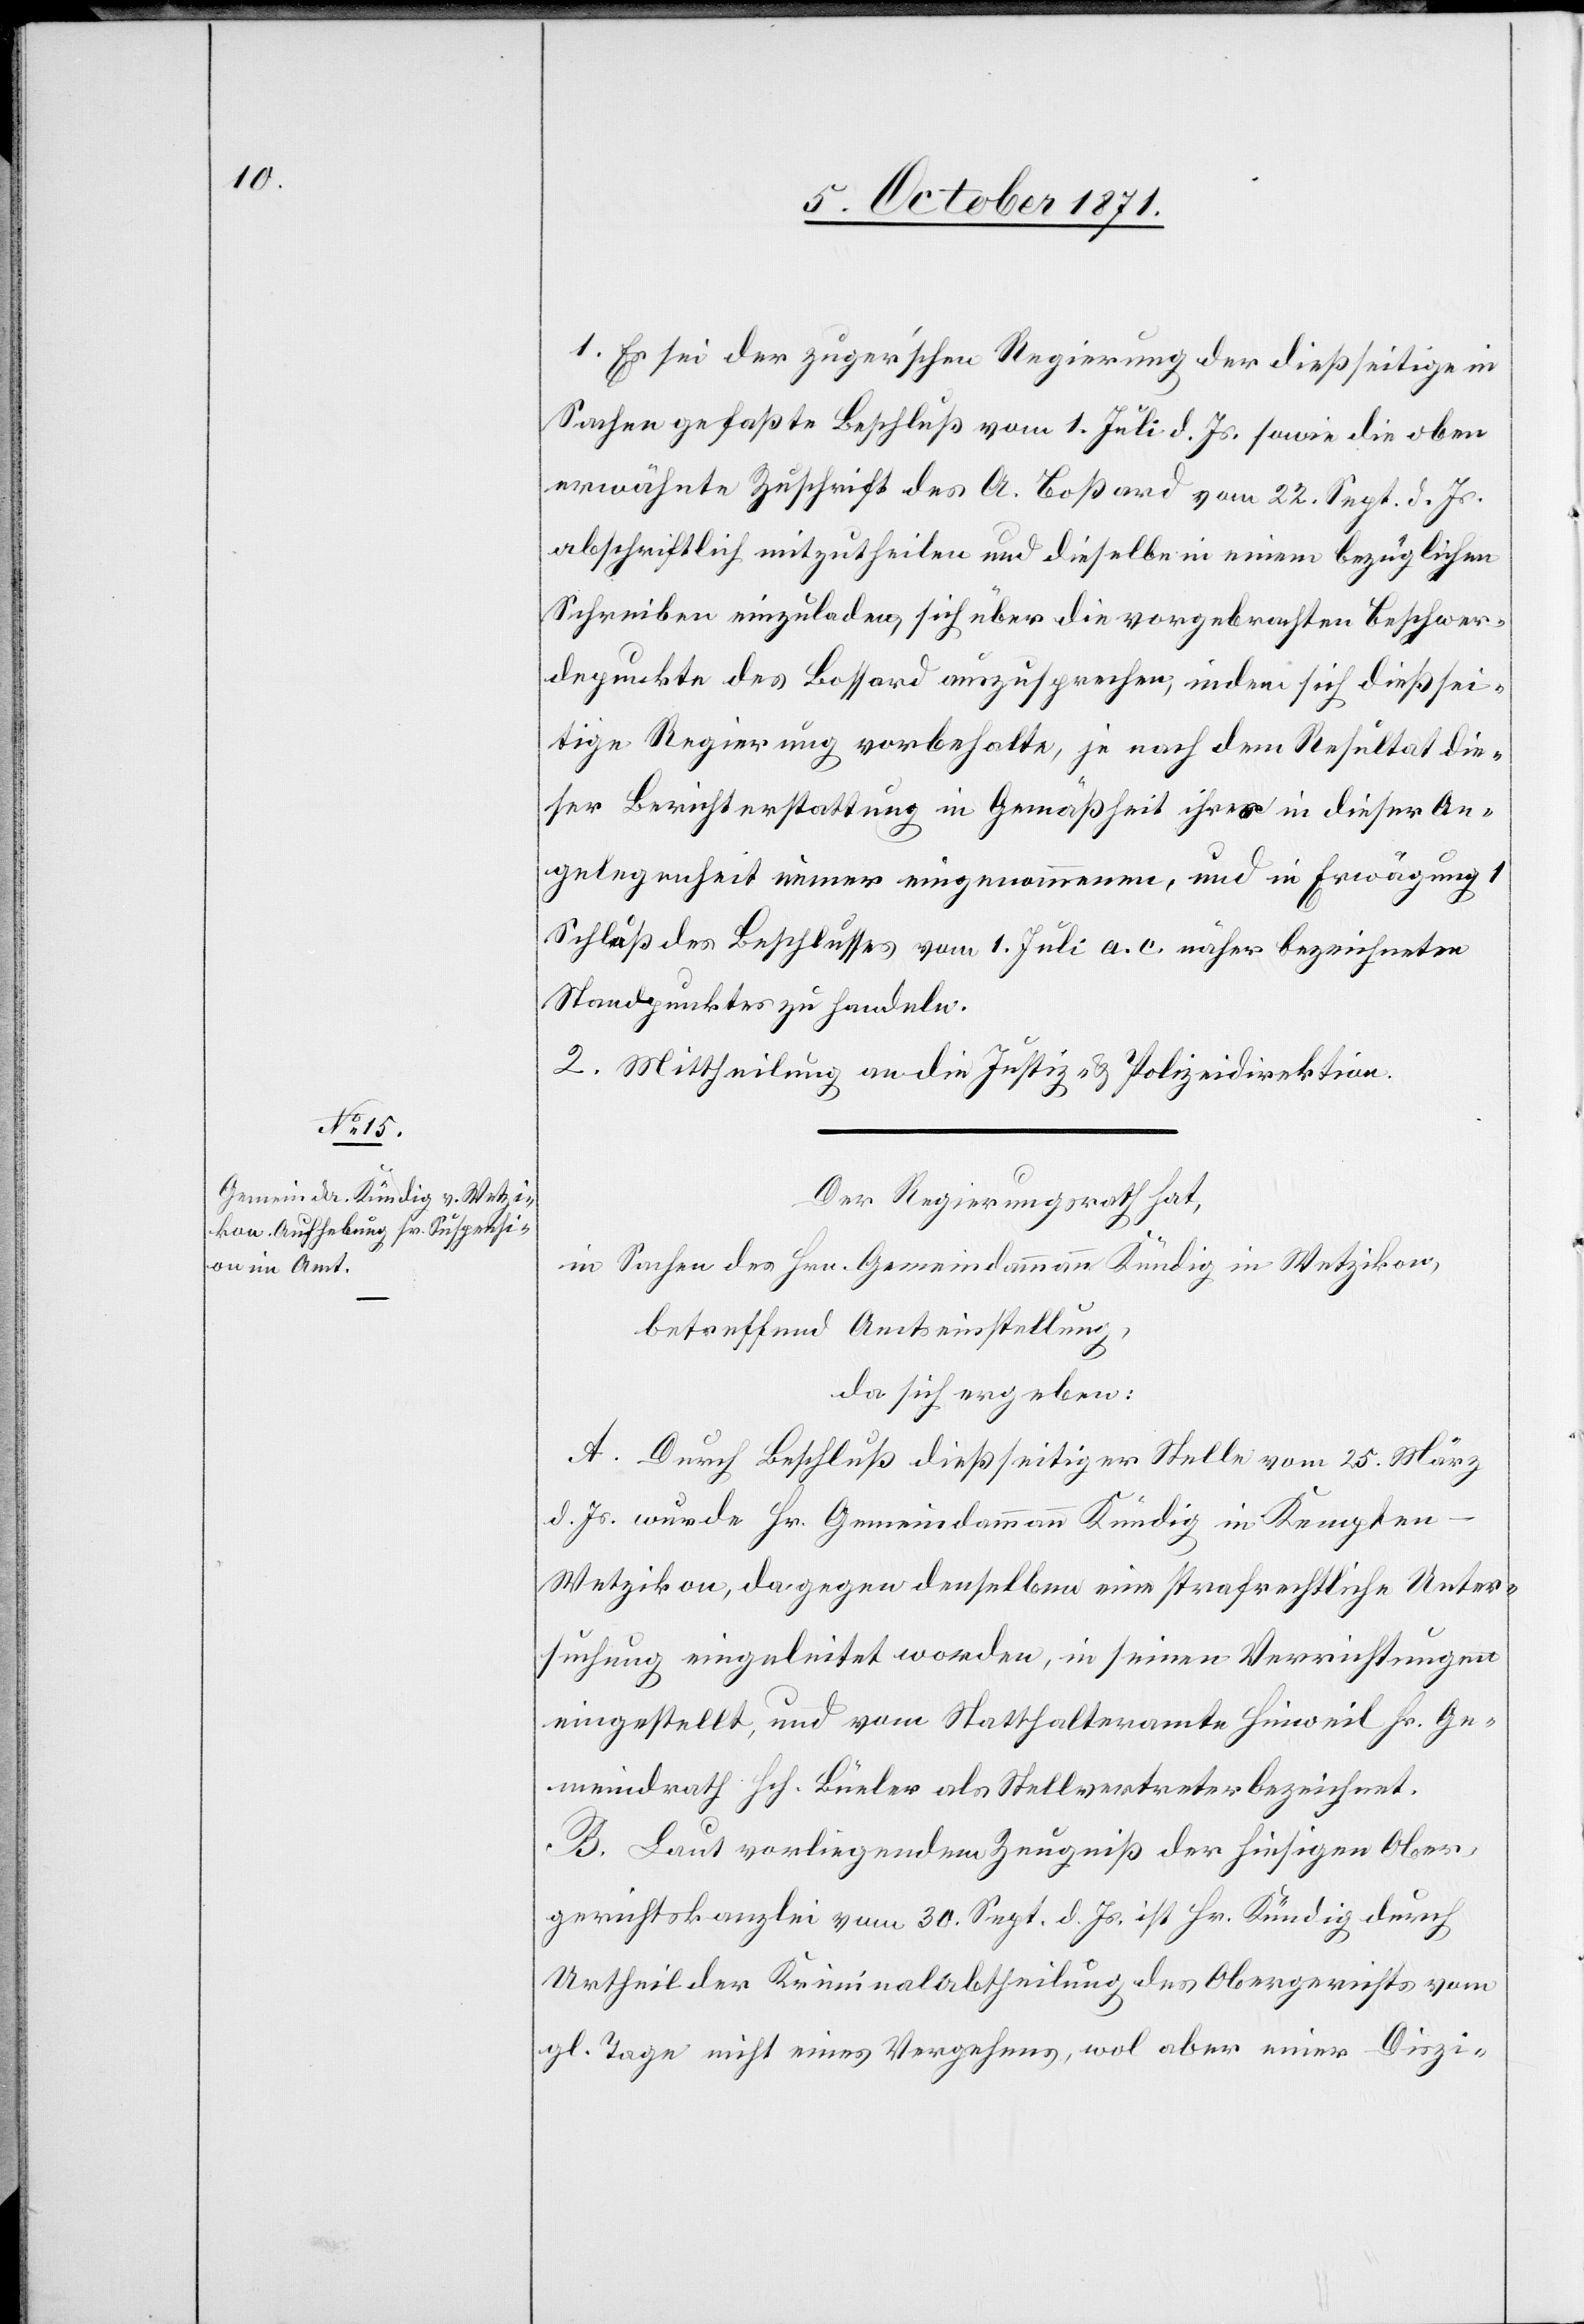
1. Es sei der zuger’schen Regierung der dießseitige in
Sachen gefaßte Beschluß vom 1. Juli d. Js. sowie die oben
erwähnte Zuschrift des A. Boßard vom 22. Sept. d. Js.
abschriftlich mitzutheilen und dieselbe in einem bezüglichen
Schreiben einzuladen, sich über die vorgebrachten Beschwer¬
depunkte des Bossard auszusprechen, indem sich dießsei¬
tige Regierung vorbehalte, je nach dem Resultat die¬
ser Berichterstattung in Gemäßheit ihres in dieser An¬
gelegenheit immer eingenommenen, und in Erwägung
Schluß des Beschlusses vom 1. Juli a. c. näher bezeichneten
Standpunktes zu handeln.
2. Mittheilung an die Justiz- & Polizeidirektion.
Der Regierungsrath hat,
in Sachen des Hrn. Gemeindammann Kündig in Wetzikon,
betreffend Amtseinstellung,
da sich ergeben:
A. Durch Beschluß dießseitiger Stelle vom 25. März
d. Js. wurde Hr. Gemeindammann Kündig in Kempten
Wetzikon, da gegen denselben eine strafrechtliche Unter¬
suchung eingeleitet worden, in seinen Verrichtungen
eingestellt, und vom Statthalteramte Hinweil Hr. Ge¬
meindrath Hch. Büeler als Stellvertreter bezeichnet.
B. Laut vorliegendem Zeugniß der hiesigen Ober¬
gerichtskanzlei vom 30. Sept. d. Js. ist Hr. Kündig durch
Urtheil der Kriminalabtheilung des Obergerichtes vom
gl. Tage nicht eines Vergehens, wol aber einer Diszi-